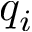
q _ { i }